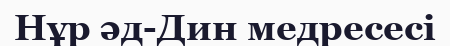
Нұр әд-Дин медресесі